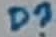
Text: D?